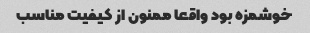
خوشمزه بود واقعا ممنون از کیفیت مناسب